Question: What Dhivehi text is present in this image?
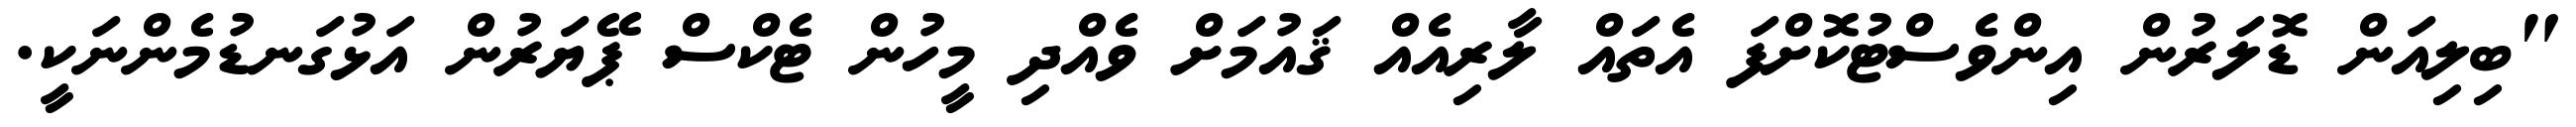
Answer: "ބިލިއަން ޑޮލަރުން އިންވެސްޓުކޮށްފަ އެތައް ލާރިއެއް ޤައުމަށް ވެއްދި މީހުން ޓެކްސް ޕޭޔަރުން އަޅުގަނޑުމެންނަކީ.